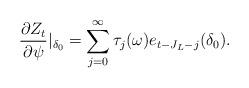
LaTeX: \begin{align*}\frac{\partial Z_{t}}{\partial\psi}\vert_{\delta_0}=\sum_{j=0} ^{\infty}\tau_{j}(\omega)e_{t-J_L-j}(\delta_{0}).\end{align*}